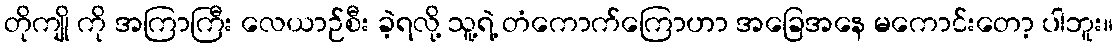
တိုကျို ကို အကြာကြီး လေယာဉ်စီး ခဲ့ရလို့ သူ့ရဲ့ တံကောက်ကြောဟာ အခြေအနေ မကောင်းတော့ ပါဘူး။